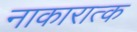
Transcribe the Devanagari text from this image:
नाकारात्क